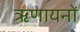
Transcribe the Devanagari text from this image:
ऋणायनों